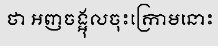
ថា អញចង្អុលចុះក្រោមនោះ